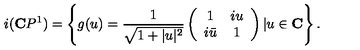
i ( \mathbf { C } P ^ { 1 } ) = \left\{ g ( u ) = \frac { 1 } { \sqrt { 1 + | u | ^ { 2 } } } \left( \begin{array} { c c } { 1 } & { i u } \\ { i \bar { u } } & { 1 } \\ \end{array} \right) | u \in \mathbf { C } \right\} .